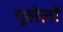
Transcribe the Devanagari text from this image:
गुलेलों